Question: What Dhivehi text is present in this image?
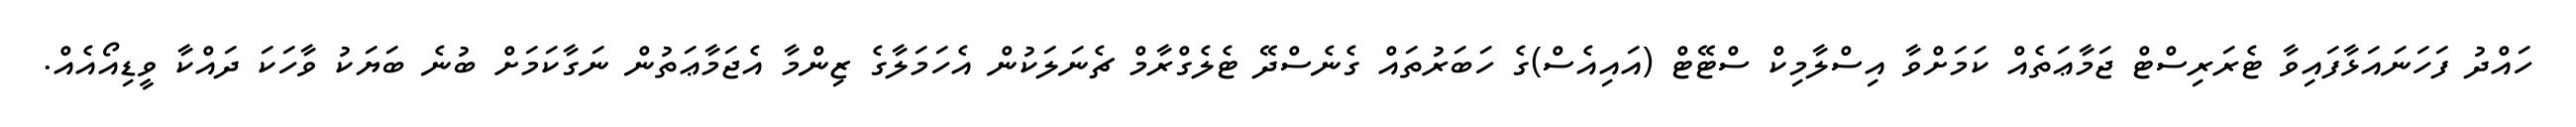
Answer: ހައްދު ފަހަނައަޅާފައިވާ ޓެރަރިސްޓް ޖަމާޢަތެއް ކަމަށްވާ އިސްލާމިކް ސްޓޭޓް (އައިއެސް)ގެ ހަބަރުތައް ގެނެސްދޭ ޓެލެގްރާމް ޗެނަލަކުން އެހަމަލާގެ ޒިންމާ އެޖަމާޢަތުން ނަގާކަމަށް ބުނެ ބަޔަކު ވާހަކަ ދައްކާ ވީޑިއޯއެއް.